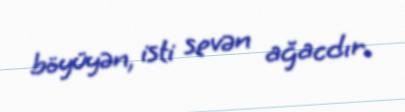
böyüyən, isti sevən ağacdır.